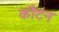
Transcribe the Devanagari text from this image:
कौटन